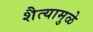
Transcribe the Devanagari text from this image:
शैत्यामुळे